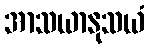
အာသယာနုသယံ